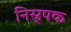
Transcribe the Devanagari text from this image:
निस्र्पक